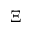
\Xi